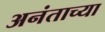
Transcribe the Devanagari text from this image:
अनंताच्या